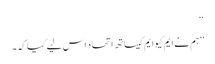
‘‘
’’ہم نے ایم کیوایم کیساتھ اتحاد اس لیے کیا کہ ۔